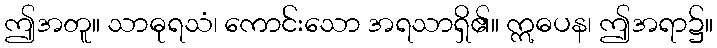
ဤအတူ။ သာဓုရသံ၊ ကောင်းသော အရသာရှိ၏။ ဣဓပန၊ ဤအရာ၌။